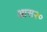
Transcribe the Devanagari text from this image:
आस२०